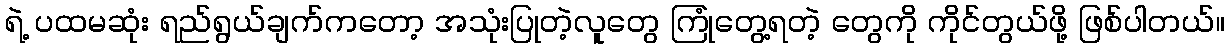
ရဲ့ ပထမဆုံး ရည်ရွယ်ချက်ကတော့ အသုံးပြုတဲ့လူတွေ ကြုံတွေ့ရတဲ့ တွေကို ကိုင်တွယ်ဖို့ ဖြစ်ပါတယ်။